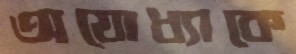
অযোধ্যাকে